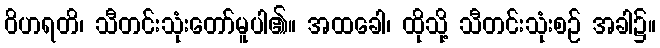
ဝိဟရတိ၊ သီတင်းသုံးတော်မူပါ၏။ အထခေါ၊ ထိုသို့ သီတင်းသုံးစဉ် အခါ၌။